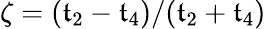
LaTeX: \zeta=(\mathfrak{t}_{2}-\mathfrak{t}_{4})/(\mathfrak{t}_{2}+\mathfrak{t}_{4})